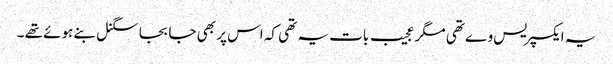
یہ ایکسپریس وے تھی مگر عجیب بات یہ تھی کہ اس پر بھی جا بجا سگنل بنے ہوئے تھے ۔